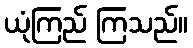
ယုံကြည် ကြသည်။